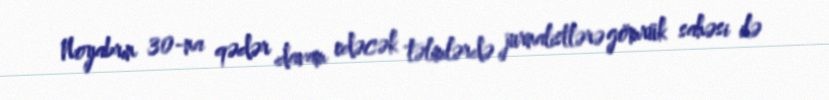
Noyabrın 30-na qədər davam edəcək təlimlərdə jurnalistlərə gömrük sahəsi ilə